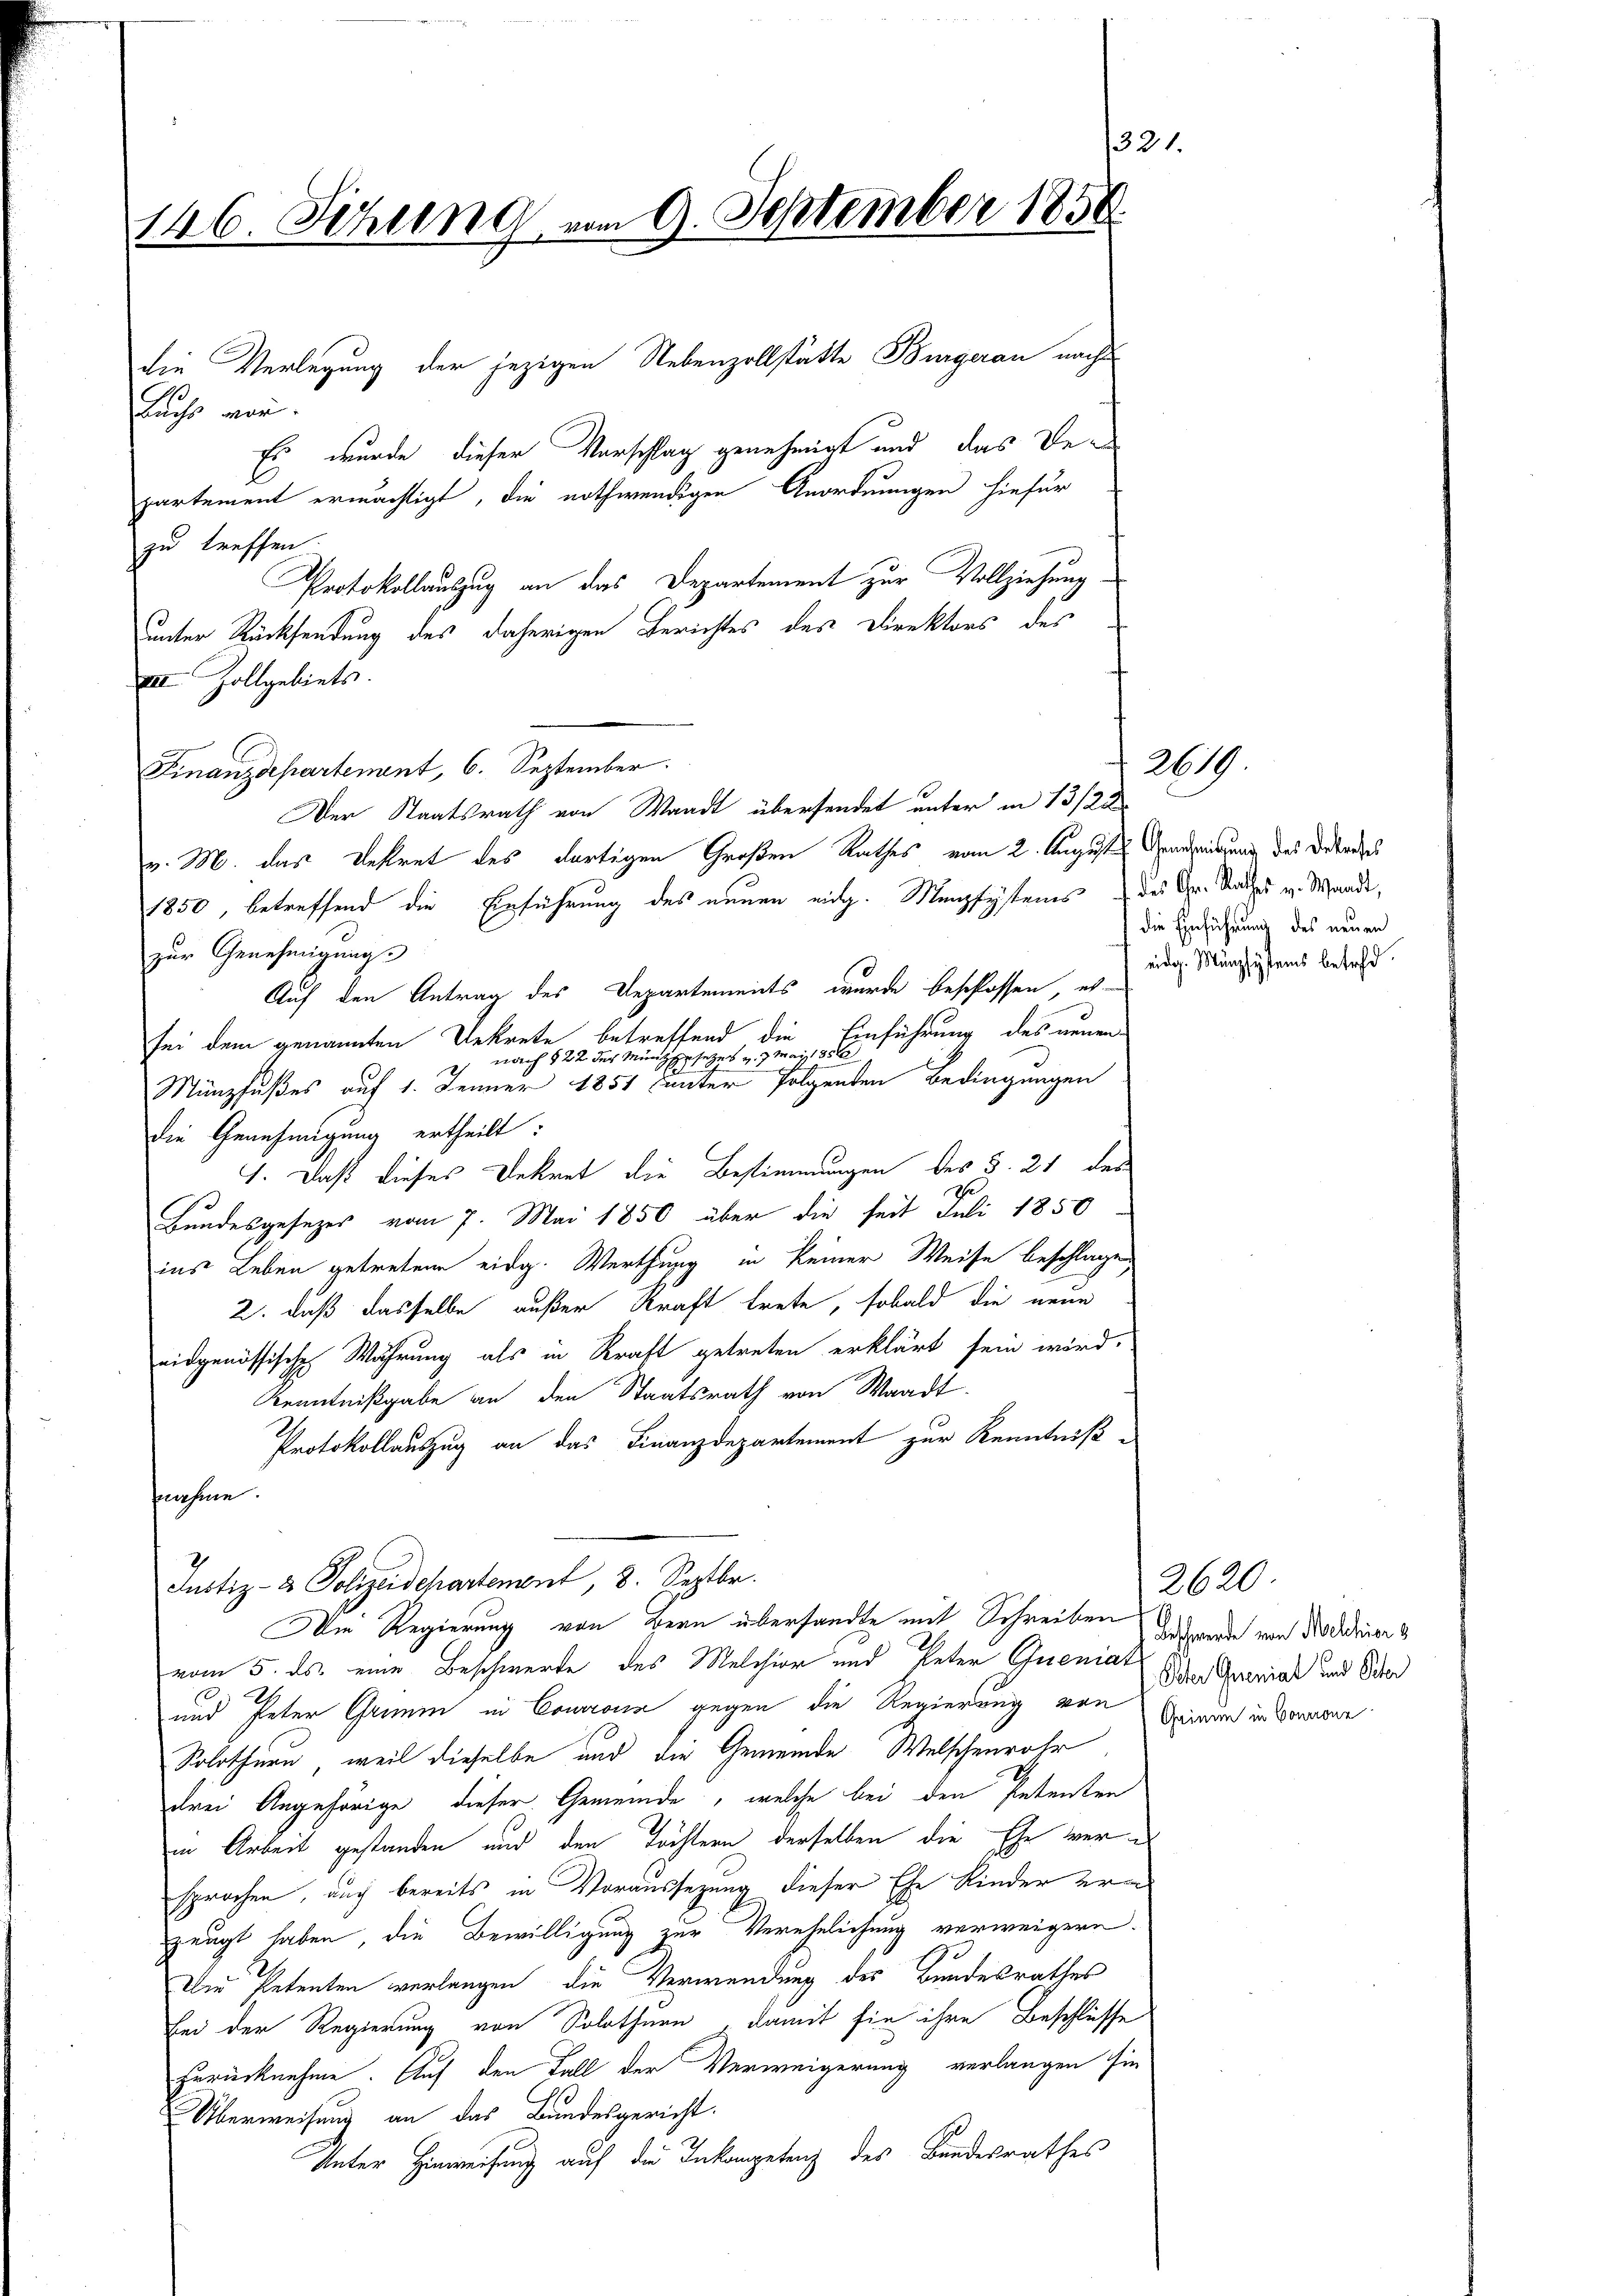
132
146. Sitzung vom 9. September 1858.

Buchs vor.
zu treffen.
unter Rücksendung des daherigen Berichtes des Direktors des
II Zollgebiets.
Finanzdepartement, 6. September.
Der Staatsrath von Waadt übersendet unter in 13/22
v. M. das Restrat des dortigen Großen Rathes vom 2. August nur das Dekarges
1850, betreffend die Einführung des neuen mit. Manzsystemes des Gr. Rathes v. Mande,
zur Genehmigung.
Auf den Antrag des Departements wurde beschlossen, etsei dem genannten Dekrete betreffend die Einführung des neuennach §22 der Münzgesetzes v. J. Mai 1856
h
Münzfußes auf 1. Jenner 1851 unter folgenden Bedingungen
Die Genehmigung ertheilt:
1. Daß dieses Dekret die Bestimmungen des §. 21 des
Ihr
Bundesgesezes vom 7. Mai 1850 über die seit Juli 1850
ins Leben getretene eidg. Werthung in keiner Weise beschlagen
2. daß dasselbe außer Kraft trete, sobald die neue
eidgenössische Wahrung als in Kraft getreten erklärt sein wird.
Kenntnißgabe an den Staatsrath von Waadt.
Protokollauszug an das Finanzdepartement zur Kenntniß
fnahme.
Justiz- & Polizeidepartement, 8. Septbr.
Die Regierung von gern übersandte mit Schreiben Gegende von Doctor
vom 5. ds. eine Beschwerde des Melchior und Peter Queniat
und Peter Grimm in Conronn gegen die Regierung von Diner in Sonne
Solothurn, weil dieselbe und die Gemeinde Welschenrohr
drei Angehörige dieser Gemeinde, welche bei den Petenten
in Arbeit gestanden und den Töchtern derselben die Ehe wersprochen, auch bereits in Voraussezung dieser Ehe Kinder ern
zeugt haben, die Bewilligung zur Verehelichung verweigern.
Um Petenten verlangen, die Verwendung des Bundesrathes
bei der Regierung von Solothurn, damit sie ihre Beschlüsse
zurücknehme. Auf den Fall der Verweigerung verlangen sie
Überweisung an das Bundesgericht.
Unter Hinweisung auf die Inkompetenz des Bandesrathes

die Verlegung der jezigen Nebenzollstätte Bürgerau nacht
Es wurde dieser Vorschlag genehmigt und das De-
partement ermächtigt, die nothwendigen Anordnungen hiefür
Protokollauszug an das Departement zur Vollziehung

die Einführung des neuen
eidg. Münzsystems befehd.

2619

2620
Oster Geniat und Peter